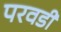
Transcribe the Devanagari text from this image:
परवडी